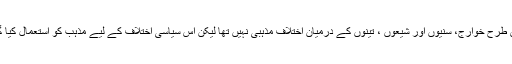
اس طرح خوارج، سنیوں اور شیعوں ، تینوں کے درمیان اختلاف مذہبی نہیں تھا لیکن اس سیاسی اختلاف کے لیے مذہب کو استعمال کیا گیا۔